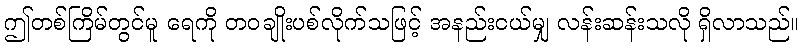
ဤတစ်ကြိမ်တွင်မူ ရေကို တဝချိုးပစ်လိုက်သဖြင့် အနည်းငယ်မျှ လန်းဆန်းသလို ရှိလာသည်။